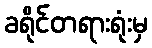
ခရိုင်တရားရုံးမှ